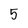
Character: 5